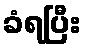
ခံရပြီး